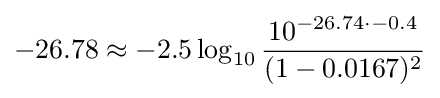
-26.78\approx -2.5\log _{10}{\frac {10^{-26.74\cdot -0.4}}{(1-0.0167)^{2}}}